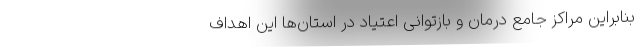
بنابراین مراکز جامع درمان و بازتوانی اعتیاد در استان‌ها این اهداف